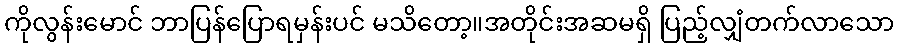
ကိုလွန်းမောင် ဘာပြန်ပြောရမှန်းပင် မသိတော့။အတိုင်းအဆမရှိ ပြည့်လျှံတက်လာသော